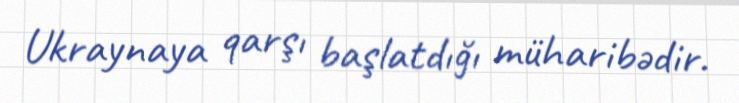
Ukraynaya qarşı başlatdığı müharibədir.